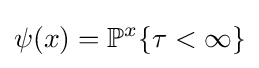
\psi (x)=\mathbb {P} ^{x}\{\tau <\infty \}